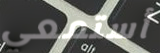
أستمعي